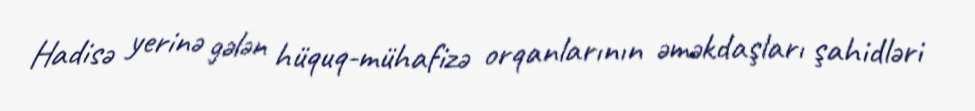
Hadisə yerinə gələn hüquq-mühafizə orqanlarının əməkdaşları şahidləri